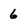
Character: 6